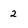
Character: 2